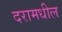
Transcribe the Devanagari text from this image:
दरामधील